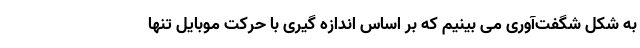
به شکل شگفت‌آوری می بینیم که بر اساس اندازه گیری با حرکت موبایل تنها